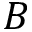
B